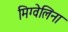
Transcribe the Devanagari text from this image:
मिग्वेलिना